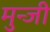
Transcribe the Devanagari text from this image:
मुन्जी